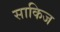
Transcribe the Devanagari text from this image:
साकिज